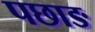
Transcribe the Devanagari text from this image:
पछाङ